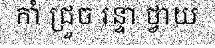
កាំ ជ្រួច រន្ទា ថ្វាយ